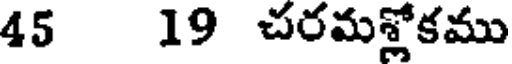
45 19 చరమశ్లోకము